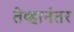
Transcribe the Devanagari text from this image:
तेव्हानंतर